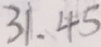
3 1 . 4 5